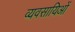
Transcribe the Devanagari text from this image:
व्यवसायिओं